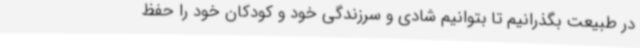
در طبیعت بگذرانیم تا بتوانیم شادی و سرزندگی خود و کودکان خود را حفظ